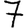
Digit: 7